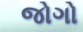
જોગો